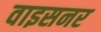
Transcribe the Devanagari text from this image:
वाइसनर